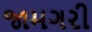
જામગરી